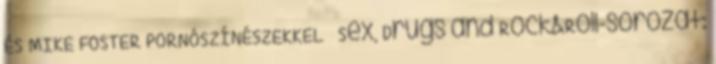
ÉS MIKE FOSTER PORNÓSZÍNÉSZEKKEL Sex, Drugs and Rock&Roll-sorozat: